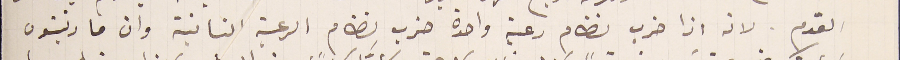
القدم. لانه اذا ضرب نظام رعية واحدة ضرب نظام الرعية الثانية وان ما رتبتون